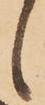
候